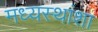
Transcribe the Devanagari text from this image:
मध्यस्थांशा